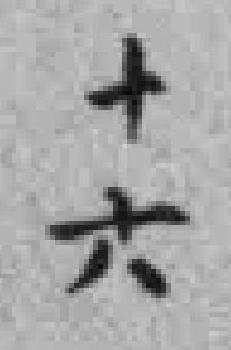
十六